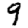
Digit: 9